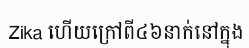
Zika ហើយក្រៅពី៤៦នាក់នៅក្នុង